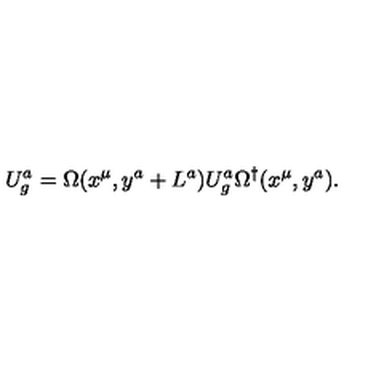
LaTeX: U _ { g } ^ { a } = \Omega ( x ^ { \mu } , y ^ { a } + L ^ { a } ) U _ { g } ^ { a } \Omega ^ { \dagger } ( x ^ { \mu } , y ^ { a } ) .